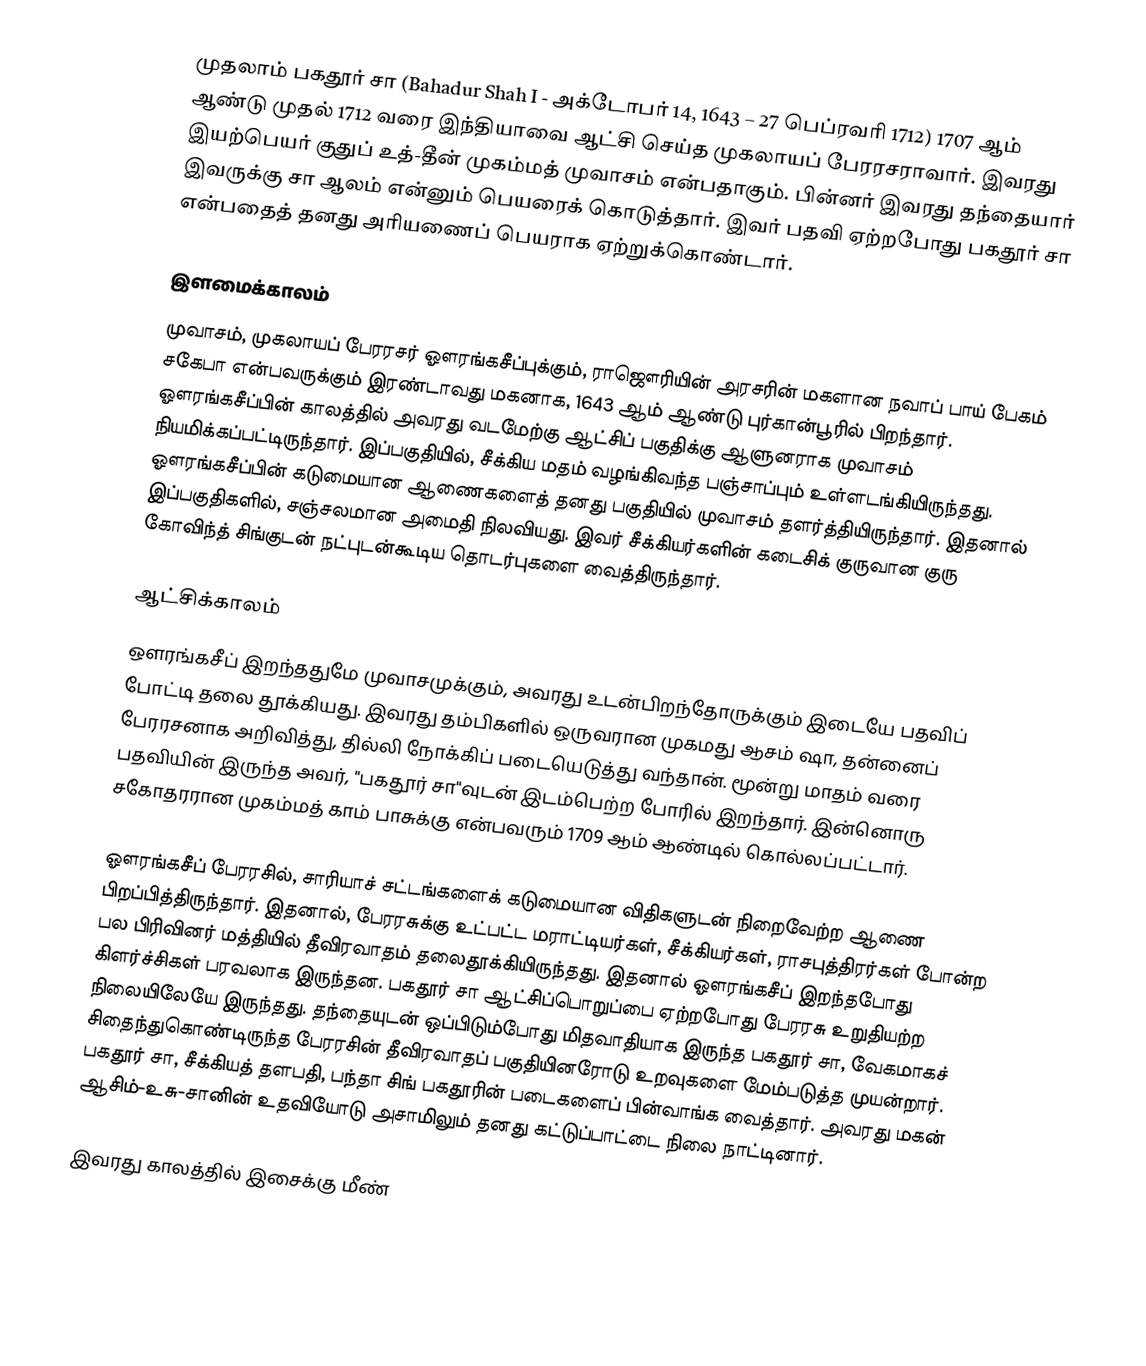
முதலாம் பகதூர் சா (Bahadur Shah I - அக்டோபர் 14, 1643 – 27 பெப்ரவரி 1712) 1707 ஆம் ஆண்டு முதல் 1712 வரை இந்தியாவை ஆட்சி செய்த முகலாயப் பேரரசராவார். இவரது இயற்பெயர் குதுப் உத்-தீன் முகம்மத் முவாசம் என்பதாகும். பின்னர் இவரது தந்தையார் இவருக்கு சா ஆலம் என்னும் பெயரைக் கொடுத்தார். இவர் பதவி ஏற்றபோது பகதூர் சா என்பதைத் தனது அரியணைப் பெயராக ஏற்றுக்கொண்டார்.

இளமைக்காலம்
முவாசம், முகலாயப் பேரரசர் ஔரங்கசீப்புக்கும், ராஜௌரியின் அரசரின் மகளான நவாப் பாய் பேகம் சகேபா என்பவருக்கும் இரண்டாவது மகனாக, 1643 ஆம் ஆண்டு புர்கான்பூரில் பிறந்தார். ஔரங்கசீப்பின் காலத்தில் அவரது வடமேற்கு ஆட்சிப் பகுதிக்கு ஆளுனராக முவாசம் நியமிக்கப்பட்டிருந்தார். இப்பகுதியில், சீக்கிய மதம் வழங்கிவந்த பஞ்சாப்பும் உள்ளடங்கியிருந்தது. ஔரங்கசீப்பின் கடுமையான ஆணைகளைத் தனது பகுதியில் முவாசம் தளர்த்தியிருந்தார். இதனால் இப்பகுதிகளில், சஞ்சலமான அமைதி நிலவியது. இவர் சீக்கியர்களின் கடைசிக் குருவான குரு கோவிந்த் சிங்குடன் நட்புடன்கூடிய தொடர்புகளை வைத்திருந்தார்.

ஆட்சிக்காலம்
ஔரங்கசீப் இறந்ததுமே முவாசமுக்கும், அவரது உடன்பிறந்தோருக்கும் இடையே பதவிப் போட்டி தலை தூக்கியது. இவரது தம்பிகளில் ஒருவரான முகமது ஆசம் ஷா, தன்னைப் பேரரசனாக அறிவித்து, தில்லி நோக்கிப் படையெடுத்து வந்தான். மூன்று மாதம் வரை பதவியின் இருந்த அவர், "பகதூர் சா"வுடன் இடம்பெற்ற போரில் இறந்தார். இன்னொரு சகோதரரான முகம்மத் காம் பாசுக்கு என்பவரும் 1709 ஆம் ஆண்டில் கொல்லப்பட்டார்.

ஔரங்கசீப் பேரரசில், சாரியாச் சட்டங்களைக் கடுமையான விதிகளுடன் நிறைவேற்ற ஆணை பிறப்பித்திருந்தார். இதனால், பேரரசுக்கு உட்பட்ட மராட்டியர்கள், சீக்கியர்கள், ராசபுத்திரர்கள் போன்ற பல பிரிவினர் மத்தியில் தீவிரவாதம் தலைதூக்கியிருந்தது. இதனால் ஔரங்கசீப் இறந்தபோது கிளர்ச்சிகள் பரவலாக இருந்தன. பகதூர் சா ஆட்சிப்பொறுப்பை ஏற்றபோது பேரரசு உறுதியற்ற நிலையிலேயே இருந்தது. தந்தையுடன் ஒப்பிடும்போது மிதவாதியாக இருந்த பகதூர் சா, வேகமாகச் சிதைந்துகொண்டிருந்த பேரரசின் தீவிரவாதப் பகுதியினரோடு உறவுகளை மேம்படுத்த முயன்றார். பகதூர் சா, சீக்கியத் தளபதி, பந்தா சிங் பகதூரின் படைகளைப் பின்வாங்க வைத்தார். அவரது மகன் ஆசிம்-உசு-சானின் உதவியோடு அசாமிலும் தனது கட்டுப்பாட்டை நிலை நாட்டினார்.

இவரது காலத்தில் இசைக்கு மீண்